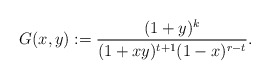
\begin{align*}G(x,y):=\frac{(1+y)^k}{(1+xy)^{t+1}(1-x)^{r-t}}.\end{align*}